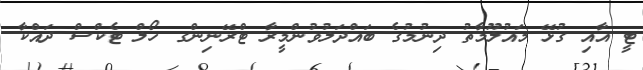
ޓީ އާއި ގުޅޭ މައުލޫމާތު ދިނުމުގެ ބައްދަލުވުންމީރާ ޓްރޭނިންގ ހޯލް ޓެކްސް ދައްކާ